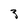
Character: 3